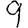
Digit: 9